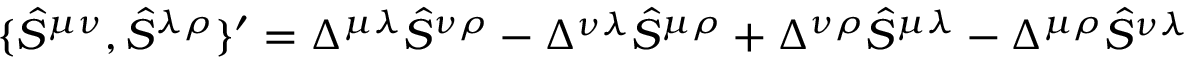
\{ \hat { S } ^ { \mu \nu } , \hat { S } ^ { \lambda \rho } \} ^ { \prime } = \Delta ^ { \mu \lambda } \hat { S } ^ { \nu \rho } - \Delta ^ { \nu \lambda } \hat { S } ^ { \mu \rho } + \Delta ^ { \nu \rho } \hat { S } ^ { \mu \lambda } - \Delta ^ { \mu \rho } \hat { S } ^ { \nu \lambda }